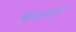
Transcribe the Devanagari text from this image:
विचारवंतांचे